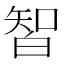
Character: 𰤛